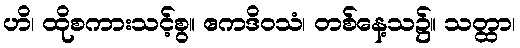
ဟိ၊ ထိုစကားသင့်စွ။ ဧကဒိဝသံ၊ တစ်နေ့သ၌။ သတ္ထာ၊